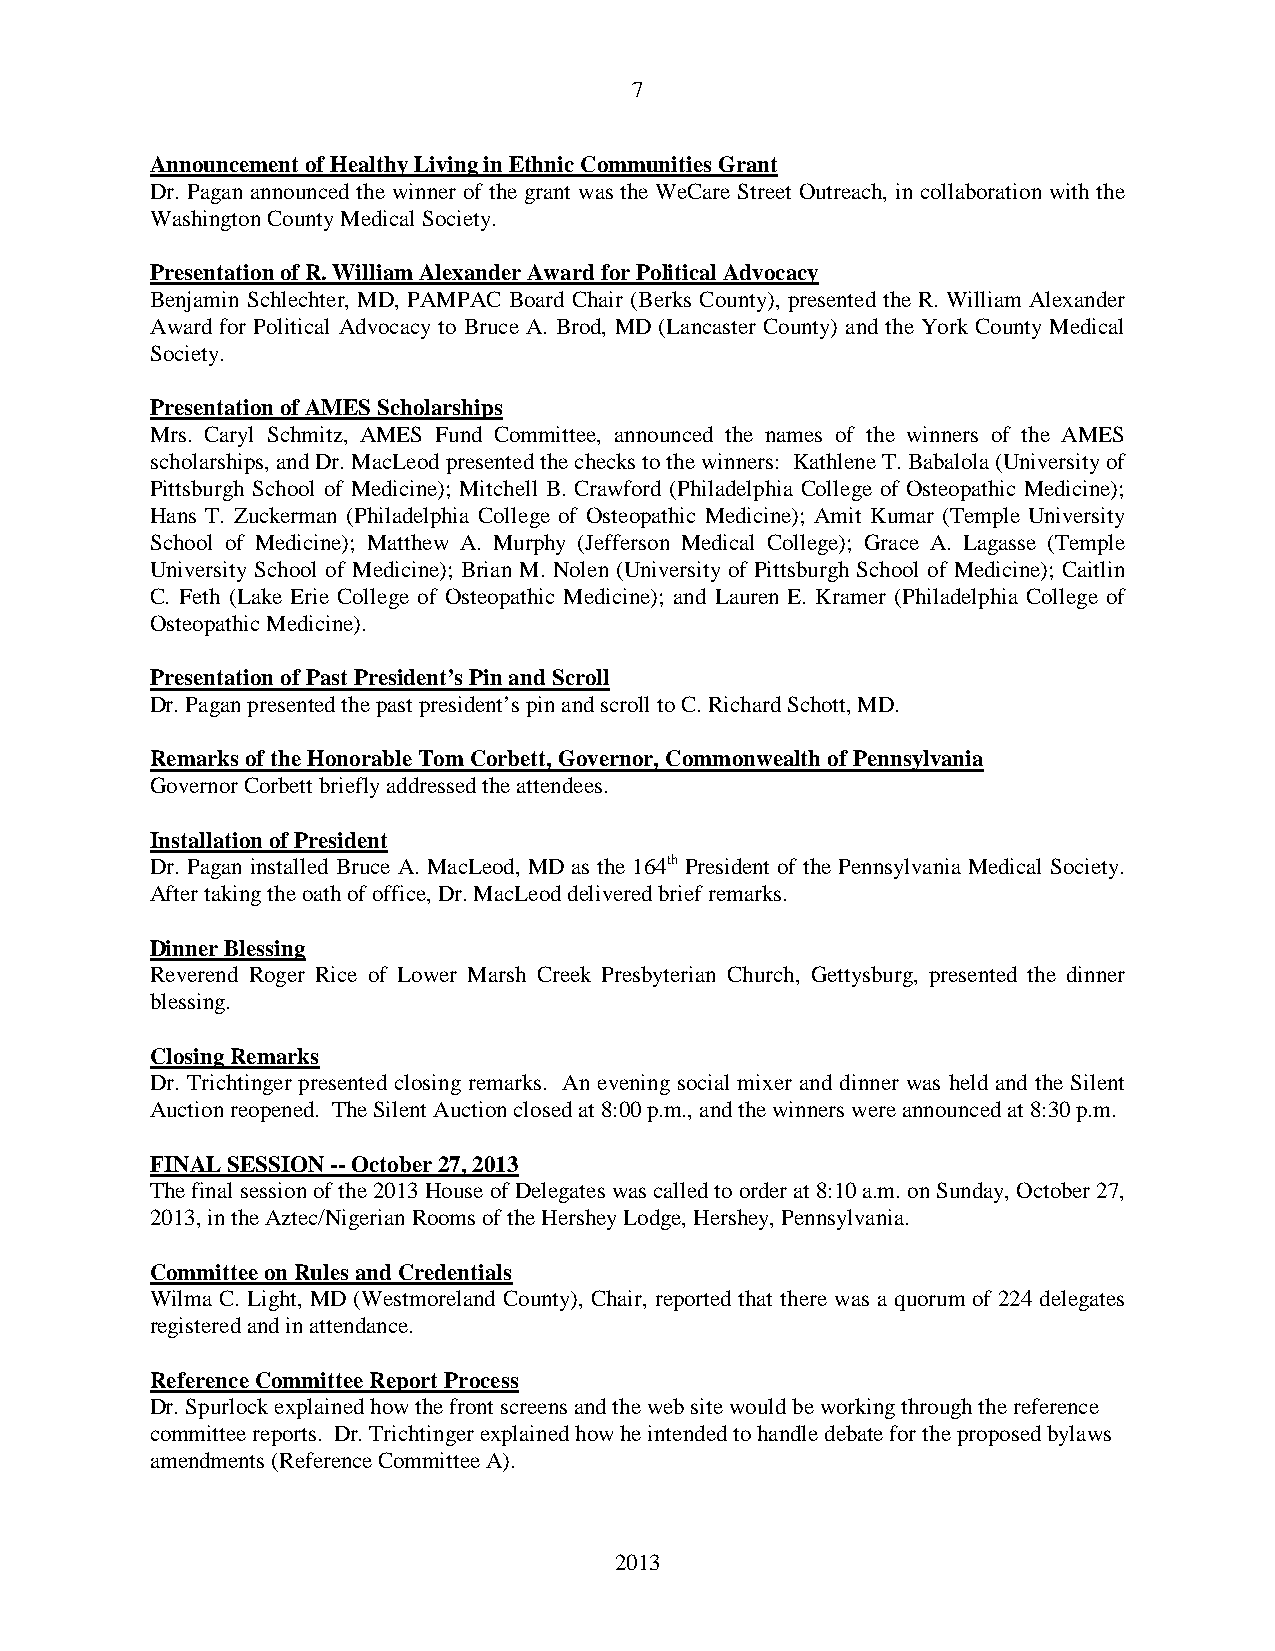
7
 Announcement of Healthy Living in Ethnic Communities Grant
 Dr. Pagan announced the winner of the grant was the WeCare Street Outreach, in collaboration with the
 Washington County Medical Society.
 Presentation of R. William Alexander Award for Political Advocacy
 Benjamin Schlechter, MD, PAMPAC Board Chair (Berks County), presented the R. William Alexander
 Award for Political Advocacy to Bruce A. Brod, MD (Lancaster County) and the York County Medical
 Society.
 Presentation of AMES Scholarships
 Mrs. Caryl Schmitz, AMES Fund Committee, announced the names of the winners of the AMES
 scholarships, and Dr. MacLeod presented the checks to the winners: Kathlene T. Babalola (University of
 Pittsburgh School of Medicine); Mitchell B. Crawford (Philadelphia College of Osteopathic Medicine);
 Hans T. Zuckerman (Philadelphia College of Osteopathic Medicine); Amit Kumar (Temple University
 School of Medicine); Matthew A. Murphy (Jefferson Medical College); Grace A. Lagasse (Temple
 University School of Medicine); Brian M. Nolen (University of Pittsburgh School of Medicine); Caitlin
 C. Feth (Lake Erie College of Osteopathic Medicine); and Lauren E. Kramer (Philadelphia College of
 Osteopathic Medicine).
 Presentation of Past President’s Pin and Scroll
 Dr. Pagan presented the past president’s pin and scroll to C. Richard Schott, MD.
 Remarks of the Honorable Tom Corbett, Governor, Commonwealth of Pennsylvania
 Governor Corbett briefly addressed the attendees.
 Installation of President
 Dr. Pagan installed Bruce A. MacLeod, MD as the 164th President of the Pennsylvania Medical Society.
 After taking the oath of office, Dr. MacLeod delivered brief remarks.
 Dinner Blessing
 Reverend Roger Rice of Lower Marsh Creek Presbyterian Church, Gettysburg, presented the dinner
 blessing.
 Closing Remarks
 Dr. Trichtinger presented closing remarks. An evening social mixer and dinner was held and the Silent
 Auction reopened. The Silent Auction closed at 8:00 p.m., and the winners were announced at 8:30 p.m.
 FINAL SESSION -- October 27, 2013
 The final session of the 2013 House of Delegates was called to order at 8:10 a.m. on Sunday, October 27,
 2013, in the Aztec/Nigerian Rooms of the Hershey Lodge, Hershey, Pennsylvania.
 Committee on Rules and Credentials
 Wilma C. Light, MD (Westmoreland County), Chair, reported that there was a quorum of 224 delegates
 registered and in attendance.
 Reference Committee Report Process
 Dr. Spurlock explained how the front screens and the web site would be working through the reference
 committee reports. Dr. Trichtinger explained how he intended to handle debate for the proposed bylaws
 amendments (Reference Committee A).
 2013